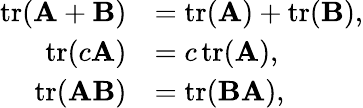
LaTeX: {\begin{array}{rl}{\operatorname{tr}(\mathbf{A}+\mathbf{B})}&{=\operatorname{tr}(\mathbf{A})+\operatorname{tr}(\mathbf{B}),}\\ {\operatorname{tr}(c\mathbf{A})}&{=c\operatorname{tr}(\mathbf{A}),}\\ {\operatorname{tr}(\mathbf{A}\mathbf{B})}&{=\operatorname{tr}(\mathbf{B}\mathbf{A}),}\end{array}}